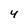
Character: 4